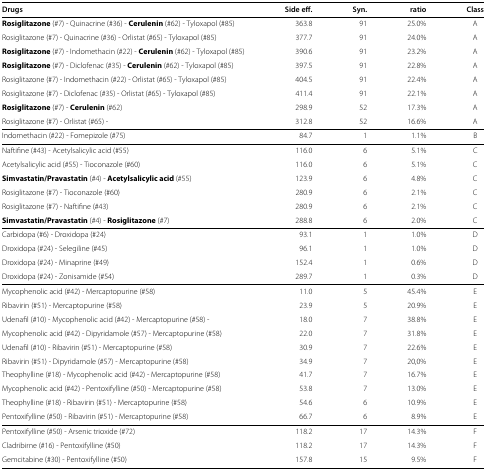
<table><thead><tr><td><b>Drugs</b></td><td><b>Side eff.</b></td><td><b>Syn.</b></td><td><b>ratio</b></td><td><b>Class</b></td></tr></thead><tbody><tr><td><b>Rosiglitazone</b> (<i>#</i>7) - Quinacrine (<i>#</i>36) - <b>Cerulenin</b> (<i>#</i>62) - Tyloxapol (<i>#</i>85)</td><td>363.8</td><td>91</td><td>25.0%</td><td>A</td></tr><tr><td>Rosiglitazone (<i>#</i>7) - Quinacrine (<i>#</i>36) - Orlistat (<i>#</i>65) - Tyloxapol (<i>#</i>85)</td><td>377.7</td><td>91</td><td>24.0%</td><td>A</td></tr><tr><td><b>Rosiglitazone</b> (<b><i>#</i></b>7) - Indomethacin (<i>#</i>22) - <b>Cerulenin</b> (<i>#</i>62) - Tyloxapol (<i>#</i>85)</td><td>390.6</td><td>91</td><td>23.2%</td><td>A</td></tr><tr><td><b>Rosiglitazone</b> (<i>#</i>7) - Diclofenac (<i>#</i>35) - <b>Cerulenin</b> (<i>#</i>62) - Tyloxapol (<i>#</i>85)</td><td>397.5</td><td>91</td><td>22.8%</td><td>A</td></tr><tr><td>Rosiglitazone (<i>#</i>7) - Indomethacin (<i>#</i>22) - Orlistat (<i>#</i>65) - Tyloxapol (<i>#</i>85)</td><td>404.5</td><td>91</td><td>22.4%</td><td>A</td></tr><tr><td>Rosiglitazone (<i>#</i>7) - Diclofenac (<i>#</i>35) - Orlistat (<i>#</i>65) - Tyloxapol (<i>#</i>85)</td><td>411.4</td><td>91</td><td>22.1%</td><td>A</td></tr><tr><td><b>Rosiglitazone</b> (<b><i>#</i></b>7) - <b>Cerulenin</b> (<b><i>#</i></b>62)</td><td>298.9</td><td>52</td><td>17.3%</td><td>A</td></tr><tr><td>Rosiglitazone (<i>#</i>7) - Orlistat (<i>#</i>65) -</td><td>312.8</td><td>52</td><td>16.6%</td><td>A</td></tr><tr><td>Indomethacin (<i>#</i>22) - Fomepizole (<i>#</i>75)</td><td>84.7</td><td>1</td><td>1.1%</td><td>B</td></tr><tr><td>Naftifine (<i>#</i>43) - Acetylsalicylic acid (<i>#</i>55)</td><td>116.0</td><td>6</td><td>5.1%</td><td>C</td></tr><tr><td>Acetylsalicylic acid (<i>#</i>55) - Tioconazole (<i>#</i>60)</td><td>116.0</td><td>6</td><td>5.1%</td><td>C</td></tr><tr><td><b>Simvastatin/Pravastatin</b> (<i>#</i>4) - <b>Acetylsalicylic acid</b> (<i>#</i>55)</td><td>123.9</td><td>6</td><td>4.8%</td><td>C</td></tr><tr><td>Rosiglitazone (<i>#</i>7) - Tioconazole (<i>#</i>60)</td><td>280.9</td><td>6</td><td>2.1%</td><td>C</td></tr><tr><td>Rosiglitazone (<i>#</i>7) - Naftifine (<i>#</i>43)</td><td>280.9</td><td>6</td><td>2.1%</td><td>C</td></tr><tr><td><b>Simvastatin/Pravastatin</b> (<i>#</i>4) - <b>Rosiglitazone</b> (<i>#</i>7)</td><td>288.8</td><td>6</td><td>2.0%</td><td>C</td></tr><tr><td>Carbidopa (<i>#</i>6) - Droxidopa (<i>#</i>24)</td><td>93.1</td><td>1</td><td>1.0%</td><td>D</td></tr><tr><td>Droxidopa (<i>#</i>24) - Selegiline (<i>#</i>45)</td><td>96.1</td><td>1</td><td>1.0%</td><td>D</td></tr><tr><td>Droxidopa (<i>#</i>24) - Minaprine (<i>#</i>49)</td><td>152.4</td><td>1</td><td>0.6%</td><td>D</td></tr><tr><td>Droxidopa (<i>#</i>24) - Zonisamide (<i>#</i>54)</td><td>289.7</td><td>1</td><td>0.3%</td><td>D</td></tr><tr><td>Mycophenolic acid (<i>#</i>42) - Mercaptopurine (<i>#</i>58)</td><td>11.0</td><td>5</td><td>45.4%</td><td>E</td></tr><tr><td>Ribavirin (<i>#</i>51) - Mercaptopurine (<i>#</i>58)</td><td>23.9</td><td>5</td><td>20.9%</td><td>E</td></tr><tr><td>Udenafil (<i>#</i>10) - Mycophenolic acid (<i>#</i>42) - Mercaptopurine (<i>#</i>58) -</td><td>18.0</td><td>7</td><td>38.8%</td><td>E</td></tr><tr><td>Mycophenolic acid (<i>#</i>42) - Dipyridamole (<i>#</i>57) - Mercaptopurine (<i>#</i>58)</td><td>22.0</td><td>7</td><td>31.8%</td><td>E</td></tr><tr><td>Udenafil (<i>#</i>10) - Ribavirin (<i>#</i>51) - Mercaptopurine (<i>#</i>58)</td><td>30.9</td><td>7</td><td>22.6%</td><td>E</td></tr><tr><td>Ribavirin (<i>#</i>51) - Dipyridamole (<i>#</i>57) - Mercaptopurine (<i>#</i>58)</td><td>34.9</td><td>7</td><td>20,0%</td><td>E</td></tr><tr><td>Theophylline (<i>#</i>18) - Mycophenolic acid (<i>#</i>42) - Mercaptopurine (<i>#</i>58)</td><td>41.7</td><td>7</td><td>16.7%</td><td>E</td></tr><tr><td>Mycophenolic acid (<i>#</i>42) - Pentoxifylline (<i>#</i>50) - Mercaptopurine (<i>#</i>58)</td><td>53.8</td><td>7</td><td>13.0%</td><td>E</td></tr><tr><td>Theophylline (<i>#</i>18) - Ribavirin (<i>#</i>51) - Mercaptopurine (<i>#</i>58)</td><td>54.6</td><td>6</td><td>10.9%</td><td>E</td></tr><tr><td>Pentoxifylline (<i>#</i>50) - Ribavirin (<i>#</i>51) - Mercaptopurine (<i>#</i>58)</td><td>66.7</td><td>6</td><td>8.9%</td><td>E</td></tr><tr><td>Pentoxifylline (<i>#</i>50) - Arsenic trioxide (<i>#</i>72)</td><td>118.2</td><td>17</td><td>14.3%</td><td>F</td></tr><tr><td>Cladribirne (<i>#</i>16) - Pentoxifylline (<i>#</i>50)</td><td>118.2</td><td>17</td><td>14.3%</td><td>F</td></tr><tr><td>Gemcitabine (<i>#</i>30) - Pentoxifylline (<i>#</i>50)</td><td>157.8</td><td>15</td><td>9.5%</td><td>F</td></tr></tbody></table>